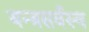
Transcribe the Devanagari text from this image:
यन्त्रसर्वस्व